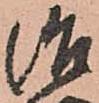
治